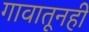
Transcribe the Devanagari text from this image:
गावातूनही